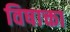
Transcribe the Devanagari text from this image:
विषाक्ता